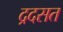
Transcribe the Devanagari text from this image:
द्रदसत